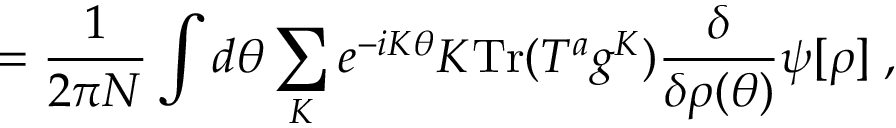
= \frac { 1 } { 2 \pi N } \int d \theta \sum _ { K } e ^ { - i K \theta } K \mathrm { T r } ( T ^ { a } g ^ { K } ) \frac { \delta } { \delta \rho ( \theta ) } \psi [ \rho ] \; ,